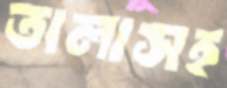
তালাসহ